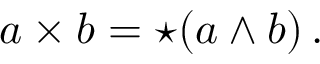
a \times b = \star ( a \wedge b ) \, .